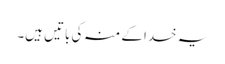
یہ خدا کے منہ کی باتیں ہیں۔